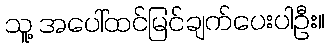
သူ့ အပေါ်ထင်မြင်ချက်ပေးပါဦး။